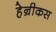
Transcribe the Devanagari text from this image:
हेन्रीकस